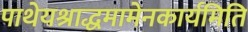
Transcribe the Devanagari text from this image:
पाथेयश्राद्धमामेनकार्यमिति